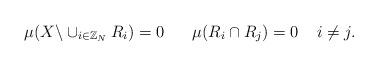
LaTeX: \begin{align*} \mu(X\backslash \cup_{i\in\mathbb Z_N}R_i)=0\;\;\;\;\;\; \mu(R_i\cap R_j)=0\;\;\;\;i\not=j. \end{align*}